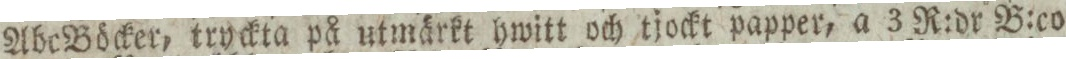
Abc Böcker, tryckta på utmärkt hwitt och tjockt papper, a 3 R:dr B:co